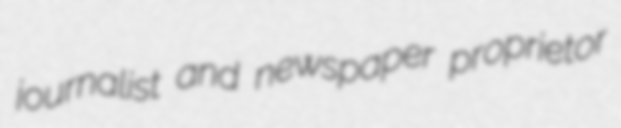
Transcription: journalist and newspaper proprietor